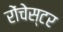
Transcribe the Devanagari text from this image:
रोंचेस्टर